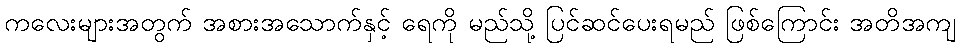
ကလေးများအတွက် အစားအသောက်နှင့် ရေကို မည်သို့ ပြင်ဆင်ပေးရမည် ဖြစ်ကြောင်း အတိအကျ